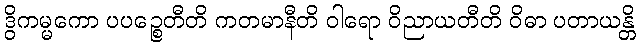
ဒွိကမ္မကော ပပဉ္စေတီတိ ကတမာနီတိ ဝါရော ဝိညာယတီတိ ဝိဓာ ပတာယန္တိ